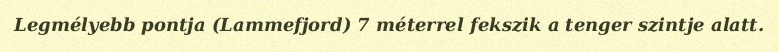
Legmélyebb pontja (Lammefjord) 7 méterrel fekszik a tenger szintje alatt.